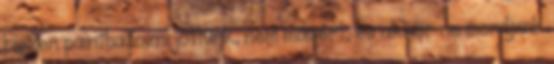
hiszen paintballozni jöttünk, nem másért, és akkor ne mondjunk